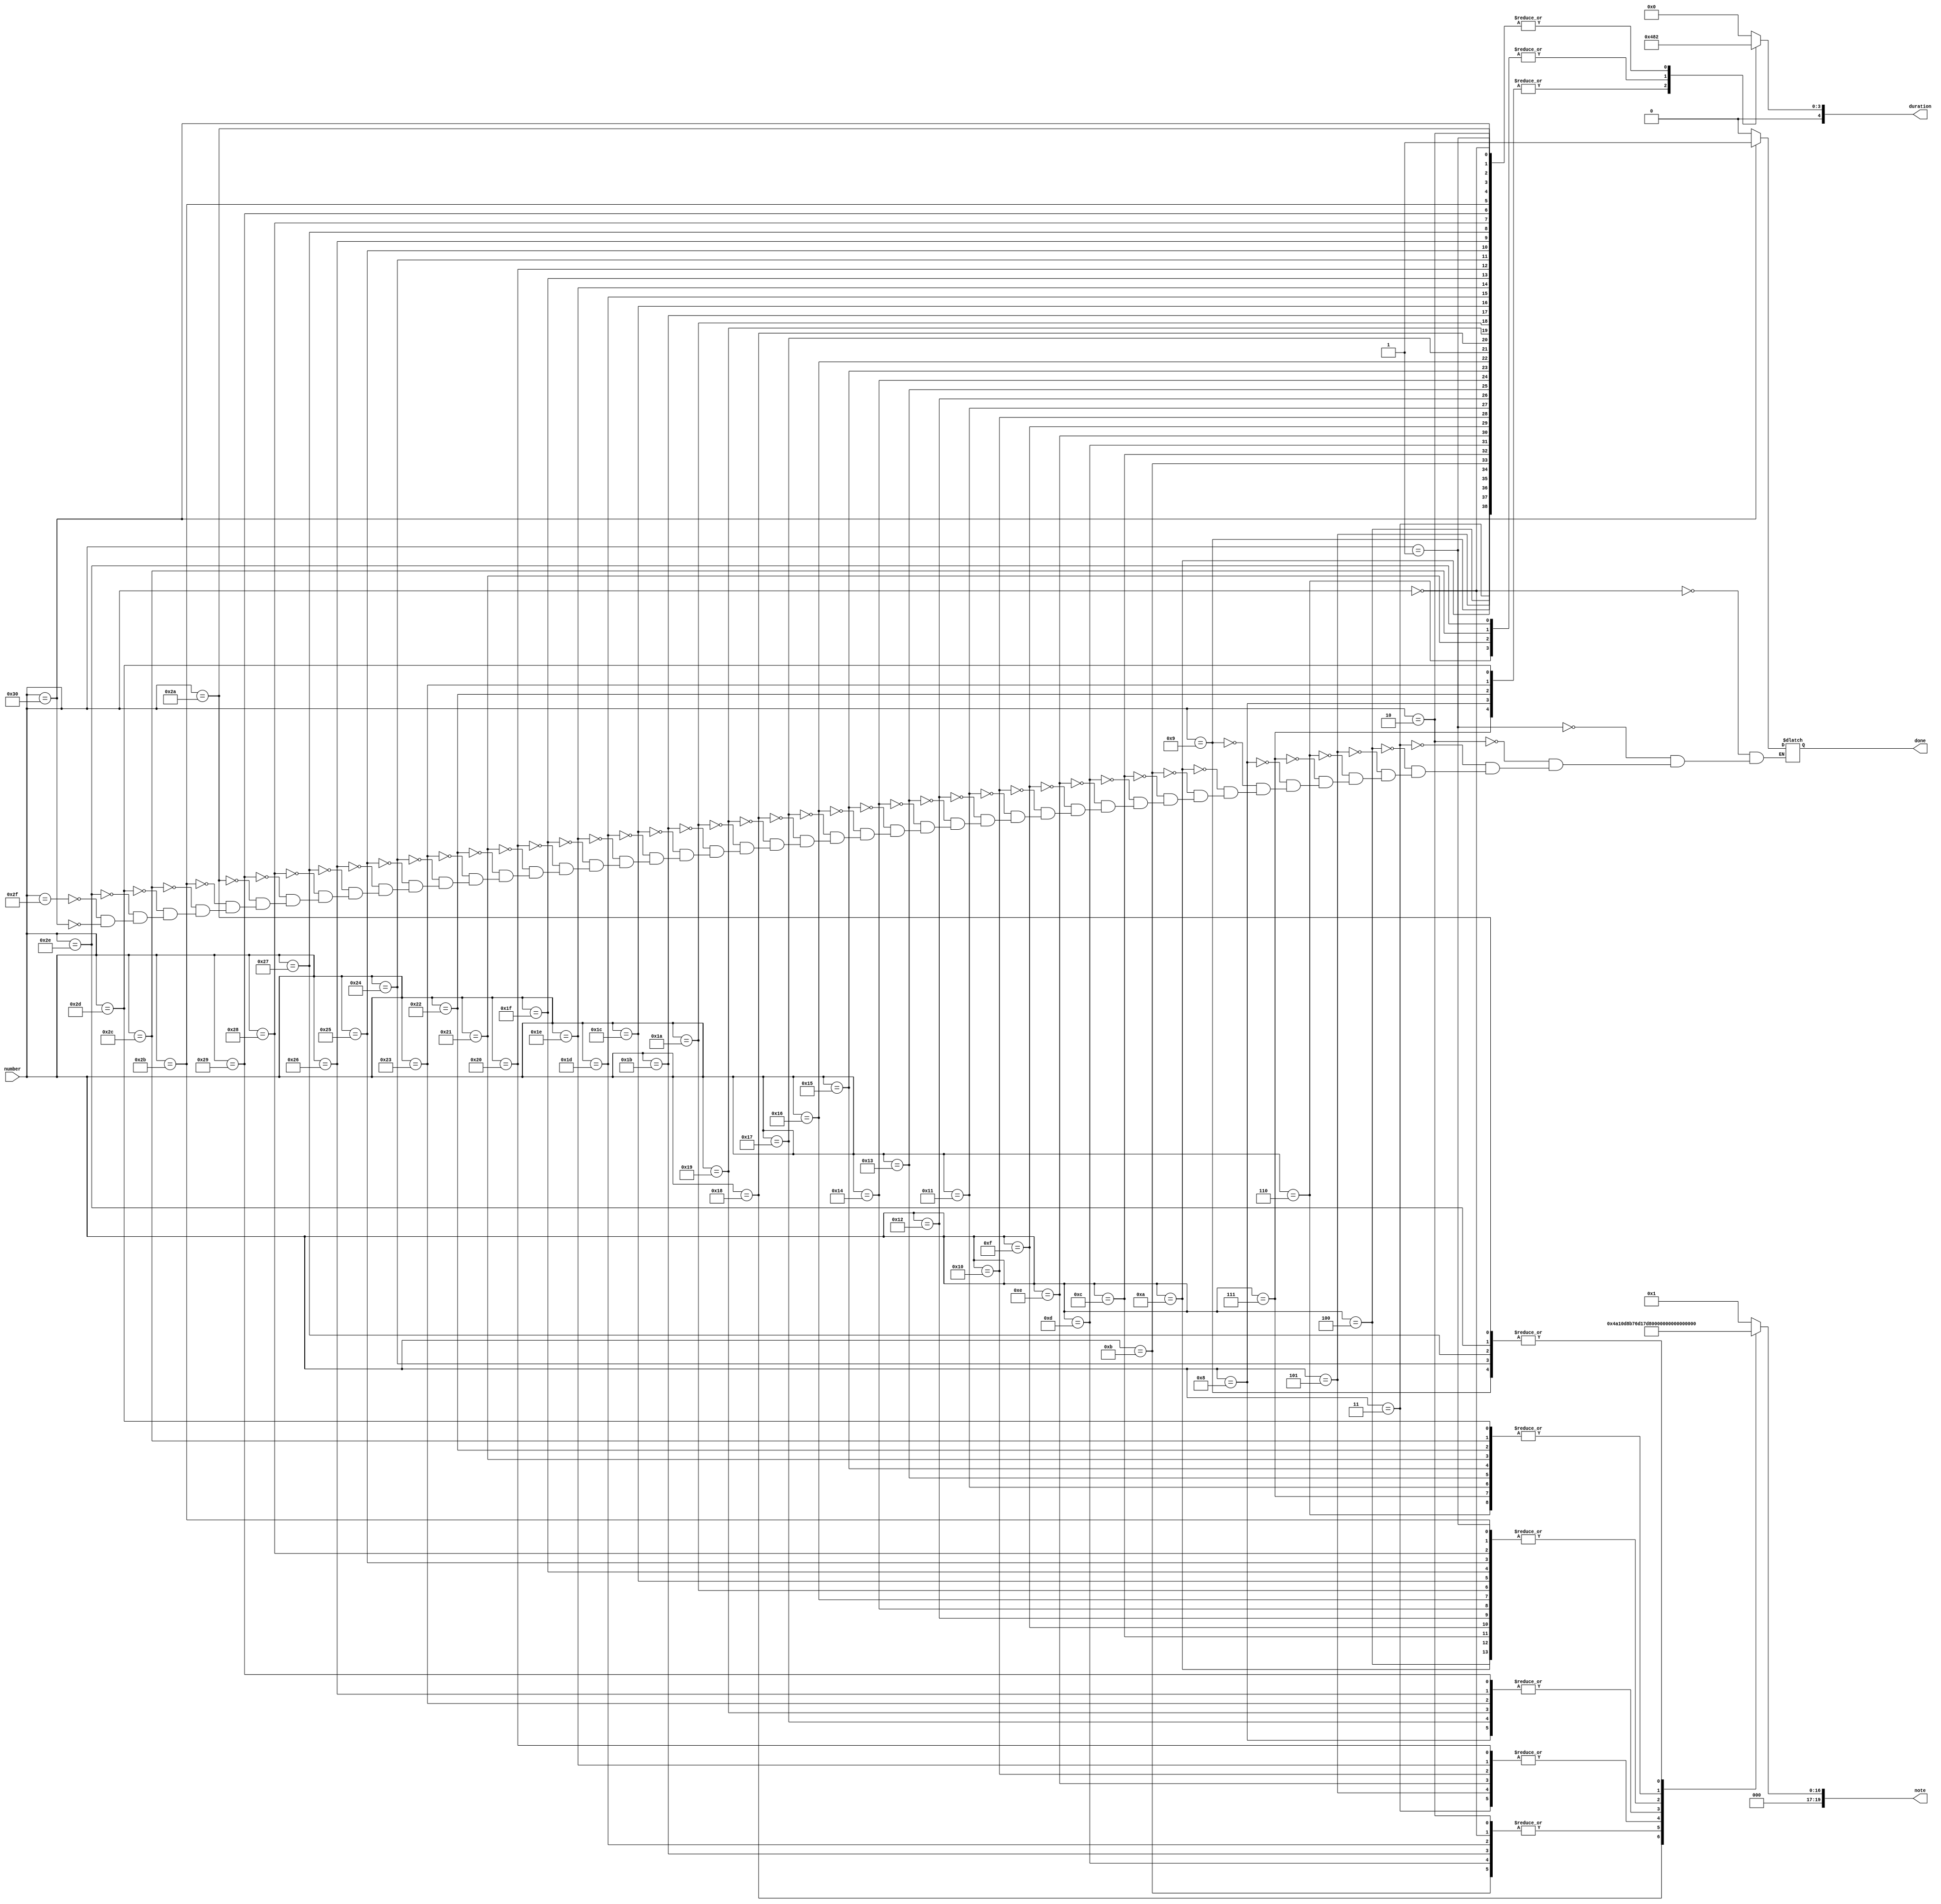
module MusicSheet
(
    input [9:0] number, 
	output reg [19:0] note,        //max 32 different musical notes
	output reg [4:0] duration,
	output reg done
);
    parameter   QUARTER = 5'b00010; //2 Hz
    parameter	HALF = 5'b00100;
    parameter	ONE = 2* HALF;
    parameter	TWO = 2* ONE;
    parameter	FOUR = 2* TWO;
    parameter
        B4  =   50000000/493.8833,
        C5S =   50000000/554.3653,
        D5S =   50000000/622.2540,
        E5  =   50000000/659.2551,
        F5S =   50000000/739.9888,
        G5S =   50000000/830.6094,
        A5S =   50000000/932.3275,
        B5  =   50000000/987.7666,
        SP  =   1;  
 
    always @ (number) begin
        case(number) //Row Row Row your boat
            0:      begin note = B5;    duration = QUARTER; done = 0;	end    //first measure
            1:      begin note = B4;    duration = QUARTER;	done = 0;   end
            2:      begin note = B5;    duration = QUARTER;	done = 0;   end
            3:      begin note = A5S;   duration = QUARTER;	done = 0;   end
            4:      begin note = B4;    duration = QUARTER;	done = 0;   end
            5:      begin note = A5S;   duration = QUARTER;	done = 0;   end
            6:      begin note = F5S;   duration = ONE;	    done = 0;   end
            7:      begin note = F5S;   duration = HALF;	done = 0;   end
            8:      begin note = D5S;   duration = HALF;	done = 0;   end
            9:      begin note = C5S;   duration = QUARTER;	done = 0;   end
            10:     begin note = B4;    duration = QUARTER;	done = 0;   end
            11:     begin note = B5;    duration = QUARTER;	done = 0;   end     //second measure
            12:     begin note = B4;    duration = QUARTER;	done = 0;   end
            13:     begin note = B5;    duration = QUARTER; done = 0;   end
            14:     begin note = A5S;   duration = QUARTER; done = 0;   end
            15:     begin note = B4;    duration = QUARTER; done = 0;   end
            16:     begin note = A5S;   duration = QUARTER; done = 0;   end
            17:     begin note = F5S;   duration = QUARTER; done = 0;   end
            18:     begin note = B4;    duration = QUARTER; done = 0;   end
            19:     begin note = F5S;   duration = QUARTER; done = 0;   end
            20:     begin note = B4;    duration = QUARTER; done = 0;   end
            21:     begin note = F5S;   duration = QUARTER; done = 0;   end
            22:     begin note = B4;    duration = QUARTER; done = 0;   end
            23:     begin note = D5S;   duration = QUARTER; done = 0;   end
            24:     begin note = E5;    duration = QUARTER; done = 0;   end
            25:     begin note = D5S;   duration = QUARTER; done = 0;   end
            26:     begin note = B4;    duration = QUARTER; done = 0;   end
            27:     begin note = B5;    duration = QUARTER;	done = 0;   end    //third measure
            28:     begin note = B4;    duration = QUARTER; done = 0;   end
            29:     begin note = B5;    duration = QUARTER; done = 0;   end
            30:     begin note = A5S;   duration = QUARTER; done = 0;   end
            31:     begin note = B4;    duration = QUARTER; done = 0;   end
            32:     begin note = A5S;   duration = QUARTER; done = 0;   end
            33:     begin note = F5S;   duration = ONE;     done = 0;   end
            34:     begin note = F5S;   duration = HALF;    done = 0;   end
            35:     begin note = D5S;   duration = HALF;    done = 0;   end
            36:     begin note = C5S;   duration = QUARTER; done = 0;   end
            37:     begin note = B4;    duration = QUARTER; done = 0;   end
            38:     begin note = D5S;   duration = QUARTER; done = 0;   end     //fourth measure
            39:     begin note = C5S;   duration = QUARTER; done = 0;   end
            40:     begin note = B4;    duration = QUARTER; done = 0;   end
            41:     begin note = D5S;   duration = QUARTER; done = 0;   end
            42:     begin note = C5S;   duration = QUARTER; done = 0;   end
            43:     begin note = B4;    duration = QUARTER; done = 0;   end
            44:     begin note = F5S;   duration = ONE;	    done = 0;   end
            45:     begin note = F5S;   duration = HALF;    done = 0;   end
            46:     begin note = C5S;   duration = ONE;	    done = 0;   end
            47:     begin note = SP;    duration = FOUR;    done = 0;   end
            48:     begin note = SP;    duration = QUARTER; done = 1;   end
            default:begin note = SP; duration = FOUR; 	end
        endcase
    end
endmodule